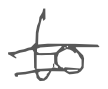
Text: to
Cross-out: double-line
Writing tool: digital_gray